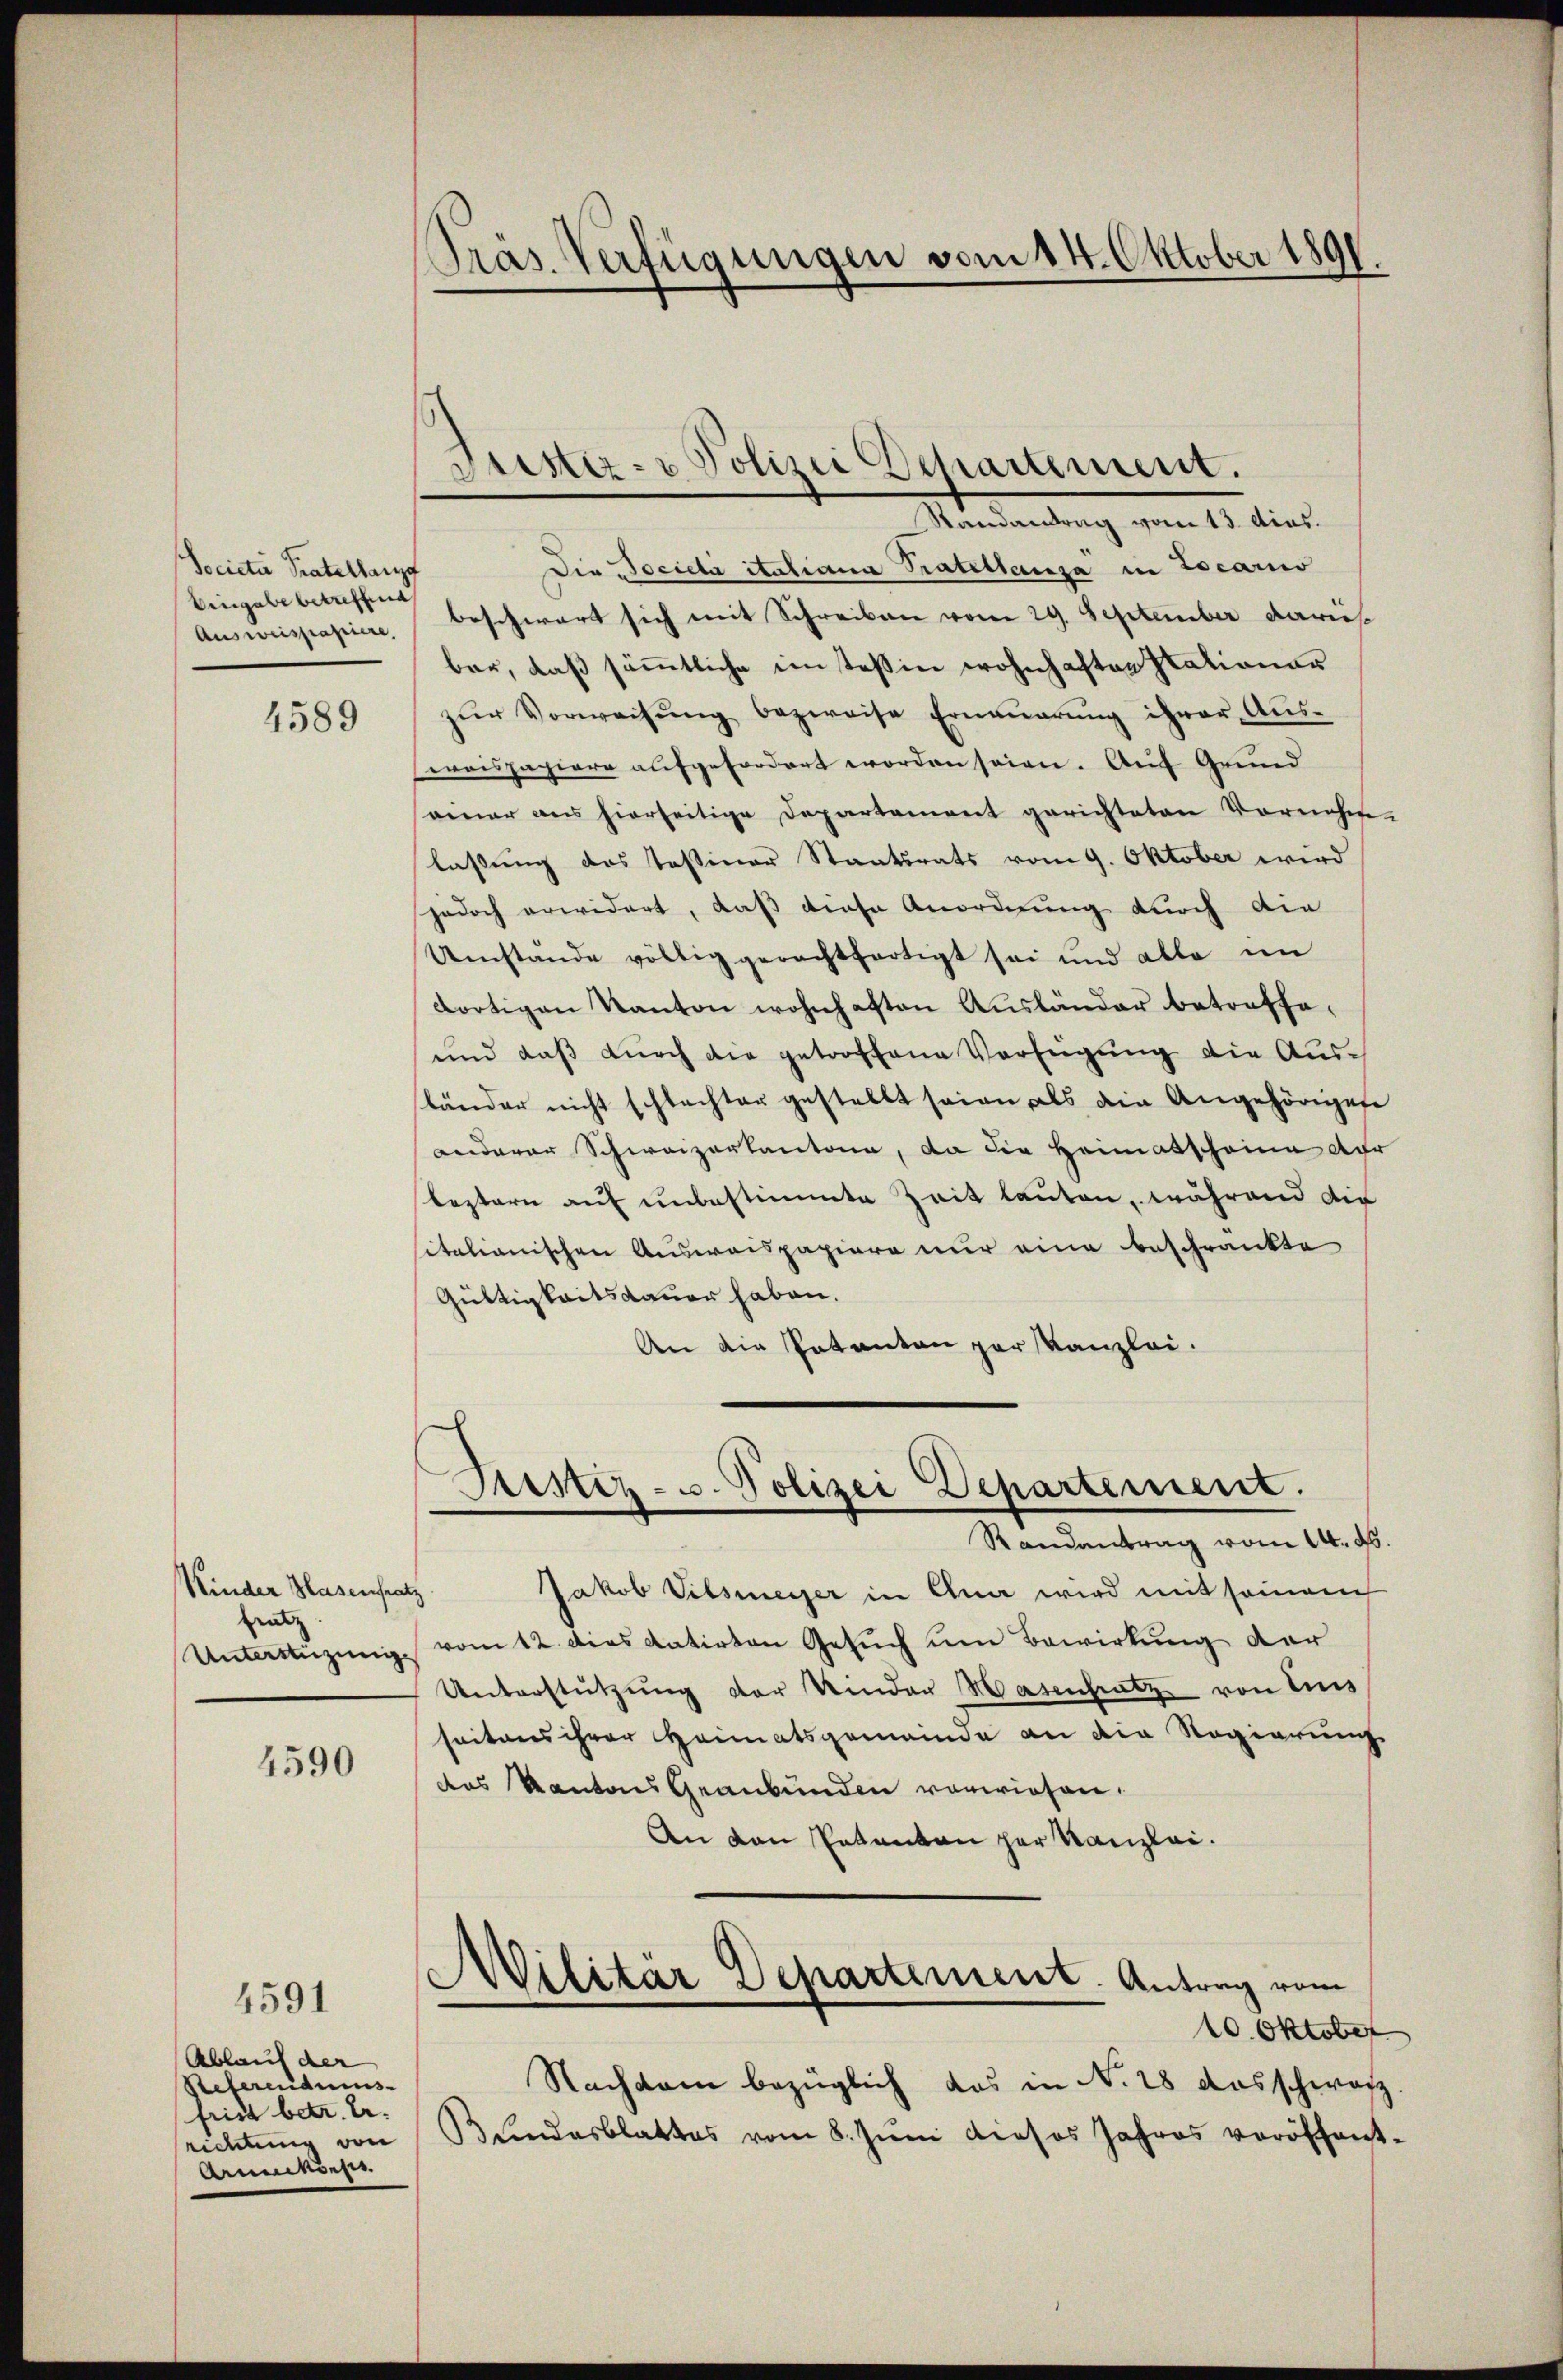
Societe Pratellauf
Eingabe betreffend
Ausweispapiere,

4589

Kinder Hasenfrat
heat
Unterstüzung

4590

4591
Ablauf der
Referendiens
fried betr. Er
Arunckens

Präs. Verfügungen vom 14. Oktober 1891.

Justiz- u Polizei Departement.

Mandartung vom 10. dies
Die Societa italiana Tratellausa in Locarno
beschwert sich mit Schreiben vom 29. September daris
bar, daß sämmtliche im Teßin wohnhaften Stationar
zŭr Vorweisŭng bezweife Erneŭerŭng ihrer Aŭs-
waispapiere aufgefordert worden seien. Auf Grund
seiner aus hierseitige Departament gerichteten Vornehm
lassung des Tessiner Staatsrats vom 9. Oktober wird
jedoch erwidert, daß diese Anordnung durch die
Umstände völlig gerechtfertigt sei und alle im
dortigen Kanton wohnhaften Ausländer betreffe¬
und daß durch die getroffene Verfügung die Ausländer nicht schlechter gestellt seien, als die Angehörigese
anderer Schweizerkantone, da die Heimatscheine der
leztern auf unbestimmte Zeit lauten, während die
sitationischen Ausweispapiere nur eine beschränkte
Güttigkeitsdauer haben.
An die Patenten par Kanzlei.

Sistiz- u. Polizei Departement.
Randantrag vom 14. ds.

Jakob Vilsmeyer in Ana wird mit seinem
vom 12. dies datirten Gesuch um Bewirkung der
Unterstützŭng der Kinder Wasensatz von Ins
seitens ihrer Heimatsgemeinde an die Regierung
das Kantons Graubünden vorwiesen.
An von Patenten her Kanzlei.
Militär Departement. Antrag vom
10. Oktober
Nachdem bezüglich das in N. 28 Ausschwarz.
richtŭng von Bŭndesblattes vom 8. Jŭni dieses Jahres veröffent-